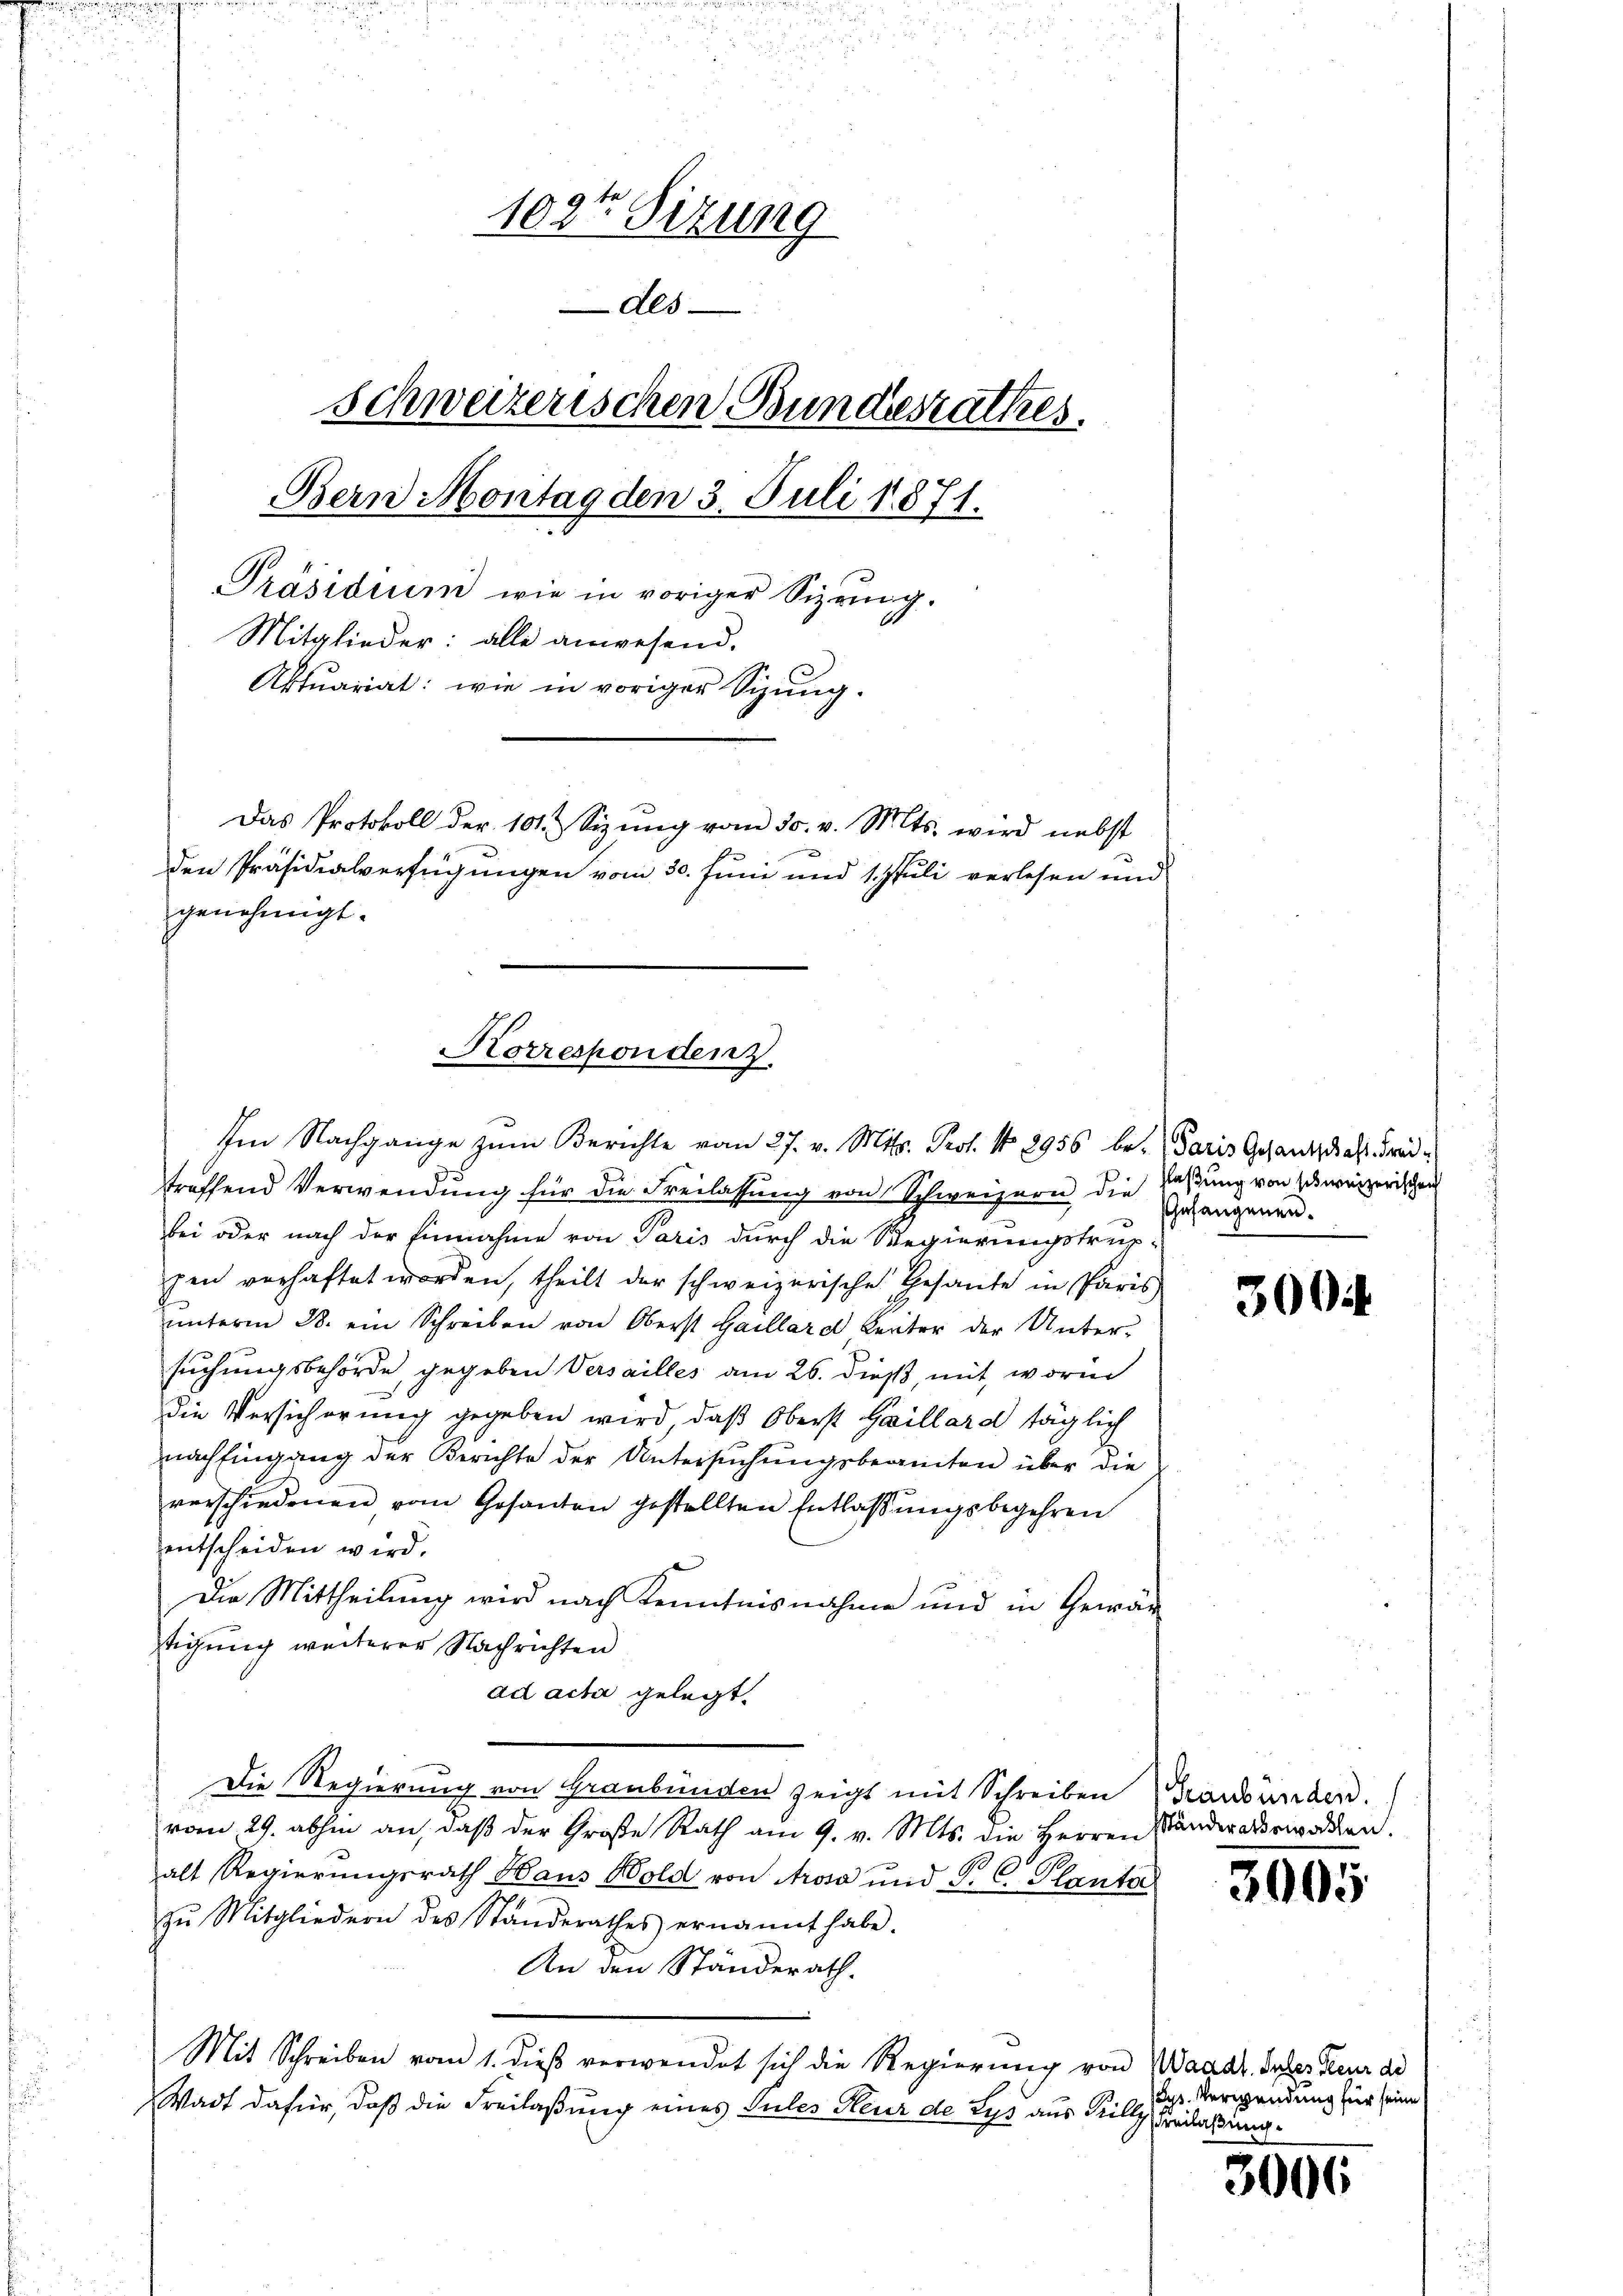
102ten Sizung
Als
Schweizerischen Bundesrathes.
Bern Montag den 3. Juli 1871.
Präsidium wie in voriger Sizring.
Mitglieder: alle anwesend.
Aktuariat: wie in voriger Schŭng.
Das Protokoll der 101 Sizŭng vom 30. v. Mts. wird nebst
den Präsidialverfügungen vom 30. Juni und 1. Juli verlesen und
genehmigt.

Korrespondenz.

Im Nachgange zum Berichte vom 27. v. Mts. Prof. No. 2956 be-Paris Gesandschaft Freitreffend Verwendung für die Freilassung von Schweizern die Festung von schweizerischen
bei oder nach der Einnahme von Paris durch die Regierungstreip-
pen verhaftet worden, theilt der schweizerische Gesante in Paris
ŭnterm 28. ein Schreiben von Oberst Gaillard leiter der Unter-
suchungsbehörde, gegeben Versailles am 26. dieß, mit, worin
die Versicherung gegeben wird, daß Oberst Gaillard täglich
nach fingung der Berichte der Untersuchungsbeamten über die
verschiedenen vom Gesanten gestellten Entlaβŭngsbegehren
entscheiden wird.
Die Mittheilung wird nach Kenntnisnahme und in Gewärtigung weiterer Nachrichten
ad acta gelegt.
Die Regierung von Graubünden zeigt mit Schreiben (Graubünden.
vom 29. abhin an, daß der Große Rath am 9. v. Mts. die Herren Panderateworden.
alt Regierungsrath Haus Hold von Arosa und P. C. Planta
zŭ Mitgliedern des Standerathes ernannt habe.
An den Ständerath.
Mit Schreiben vom 1. dieß verwendet sich die Regierung von Waadt. Inter Feur de
Wadt dafür, daß die Freilaßung eines Sules Heur de Lys aus Pilly

hnfangenen.

300.

3005.

p. Verwendung für seine
Freilaßung.

3006